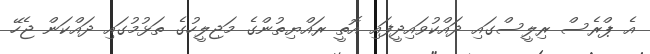
އެ ޕްރެސް ރިލީސްގައި ދައްކުވައިދީފައި އޮތީ ރައްޔިތުންގެ މަޖިލީހުގެ ތަޅުމުގައި ދައްކަން ޖެހޭ